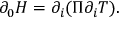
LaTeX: \partial _ { 0 } { \cal H } = \partial _ { i } ( \Pi \partial _ { i } T ) .